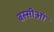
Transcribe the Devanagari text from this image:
बस्सीआं